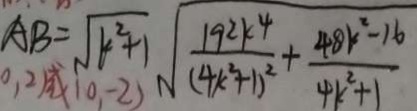
A B = \sqrt { k ^ { 2 } + 1 } \sqrt { \frac { 1 9 2 k ^ { 4 } } { ( 4 k ^ { 2 } + 1 ) ^ { 2 } } + \frac { 4 8 k ^ { 2 } - 1 6 } { 4 k ^ { 2 } + 1 } }